Indian journal of veterinary science and animal husbandry - Volume 9,
Year: 1939
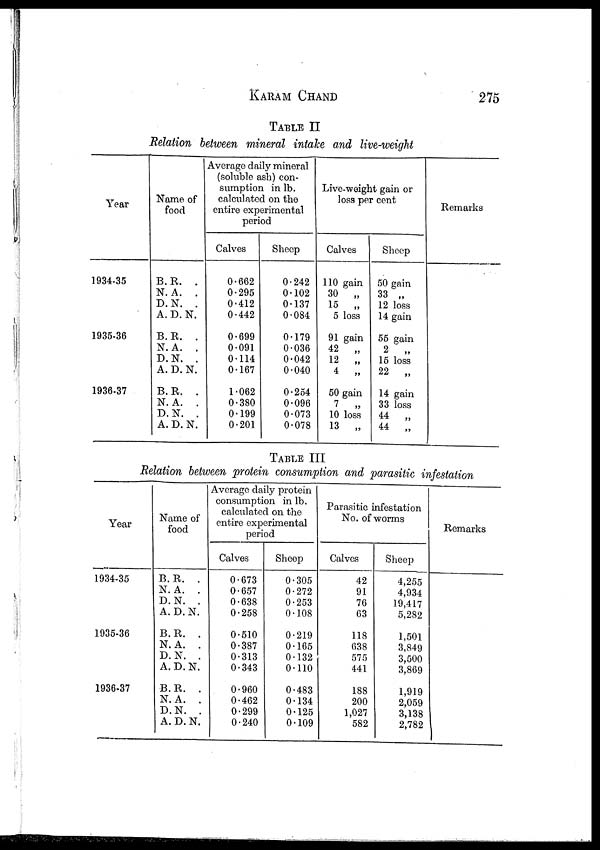
KARAM CHAND 275
TABLE II
Relation between mineral intake and live-weight
Year
1934-35
1935-36
1936-37
Name of
food
B. R. .
N. A. .
D. N. .
A. D. N.
B. R. .
N. A. .
D. N. .
A. D. N.
B. R. .
N. A. .
D. N. .
A. D. N.
Average daily mineral
(soluble ash) con-
sumption in lb.
calculated on the
entire experimental
period
Calves
0.662
0.295
0.412
0.442
0.699
0.091
0.114
0.167
1.062
0.380
0.199
0.201
Sheep
0.242
0.102
0.137
0.084
0.179
0.036
0.042
0.040
0.254
0.096
0.073
0.078
Live-weight gain or
loss per cent
Calves
110 gain
30
„
15
„
5 loss
91 gain
42
„
12
„
4
„
50 gain
7
„
10 loss
13
„
Sheep
50 gain
33 „
12 loss
14 gain
55 gain
2
„
15 loss
22
„
14 gain
33 loss
44
„
44
„
Remarks
TABLE III
Relation between protein consumption and parasitic infestation
Year
1934-35
1935-36
1936-37
Name of
food
B. R. .
N. A. .
D. N. .
A. D. N.
B. R. .
N. A. .
D. N. .
A. D. N.
B. R. .
N. A. .
D. N. .
A. D. N.
Average daily protein
consumption in lb.
calculated on the
entire experimental
period
Calves
0.673
0.657
0.638
0.258
0.510
0.387
0.313
0.343
0.960
0.462
0.299
0.240
Sheep
0.305
0.272
0.253
0.108
0.219
0.165
0.132
0.110
0.483
0.134
0.125
0.109
Parasitic infestation
No. of worms
Calves
42
91
76
63
118
638
575
441
188
200
1,027
582
Sheep
4,255
4,934
19,417
5,282
1,501
3,849
3,500
3,869
1,919
2,059
3,138
2,782
Remarks